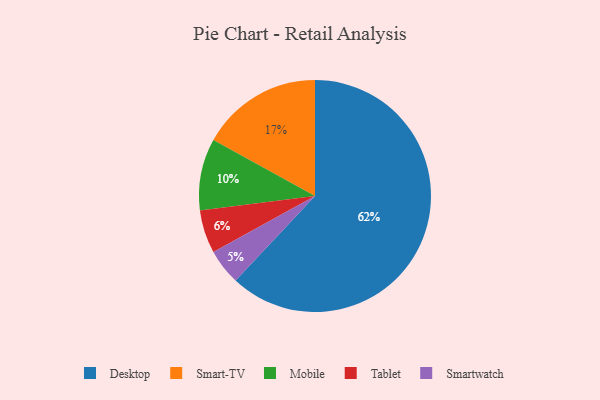
{"axis": {"x": "Category", "y": "Percentage"}, "legend": ["Desktop", "Mobile", "Smart-TV", "Smartwatch", "Tablet"], "data": [{"x": "Desktop", "y": 62, "type": "Desktop"}, {"x": "Smart-TV", "y": 17, "type": "Smart-TV"}, {"x": "Smartwatch", "y": 5, "type": "Smartwatch"}, {"x": "Mobile", "y": 10, "type": "Mobile"}, {"x": "Tablet", "y": 6, "type": "Tablet"}]}